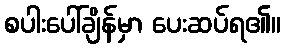
စပါးပေါ်ချိန်မှာ ပေးဆပ်ရ၏။